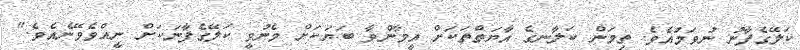
ކަލޭގެފާނު ނުވަމުއެވެ. ތިމަން ކަލާނގެ އާޔަތްތަކަށް އީމާންވާ ބަޔަކަށް މެނުވީ ކަލޭގެފާނަކަށް ނީއްވެވޭނެއެވެ."